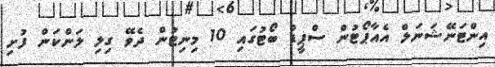
އިންޓަނޭޝަނަލް އެއާޕޯޓުން ސްޕީޑް ބޯޓުގައި 10 މިނިޓުން ދެވޭ ގިލި ލަންކަން ފުށި